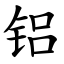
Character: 铝